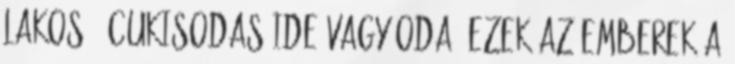
Lakos: "Cukisodas ide vagy oda, ezek az emberek a